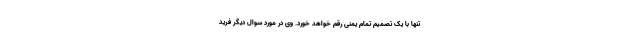
تنها با یک تصمیم تمام یمنی رقم خواهد خورد. وی در مورد سوال دیگر فرید